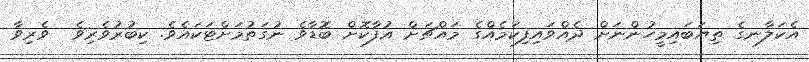
އެކަލާނގެ ތިޔަބައިމީހުންނަށް ދެއްވައިފިކަމެއްގެ މައްޗަށް އުފާކޮށް ބޮޑާވެ ނުގަތުމަށްޓަކައެވެ. ކިބުރުވެރިވެ  ވެރިވާ